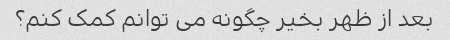
بعد از ظهر بخیر چگونه می توانم کمک کنم؟